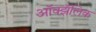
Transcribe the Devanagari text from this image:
ऑक्झॅलिक